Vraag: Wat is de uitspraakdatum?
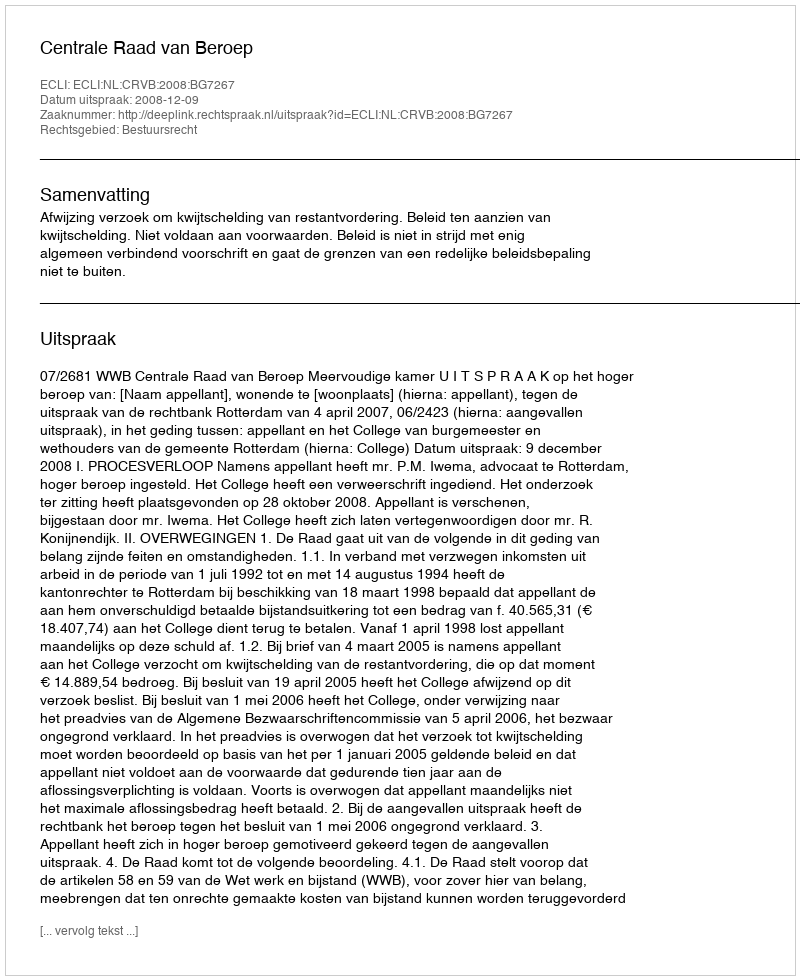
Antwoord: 2008-12-09